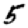
Digit: 5